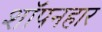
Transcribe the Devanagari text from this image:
शॉपनहार